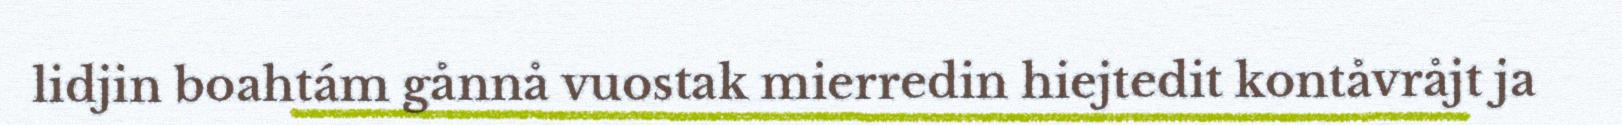
lidjin boahtám gånnå vuostak mierredin hiejtedit kontåvråjt ja